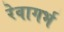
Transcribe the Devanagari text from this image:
रेवागर्भ